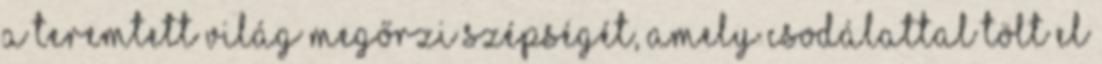
A teremtett világ megőrzi szépségét, amely csodálattal tölt el